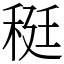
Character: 䅍